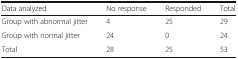
| Data analyzed | No response | Responded | Total |
 | --- | --- | --- | --- |
 | Group with abnormal jitter | 4 | 25 | 29 |
 | Group with normal jitter | 24 | 0 | 24 |
 | Total | 28 | 25 | 53 |